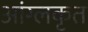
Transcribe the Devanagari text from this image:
आंग्लकृत